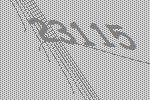
23115